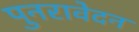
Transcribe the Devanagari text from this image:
पुनरावेदन